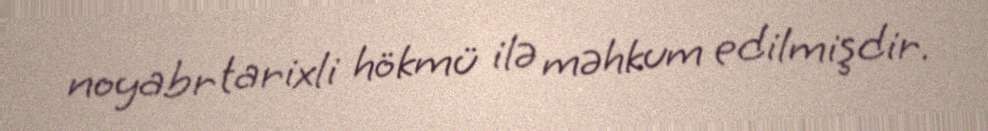
noyabr tarixli hökmü ilə məhkum edilmişdir.